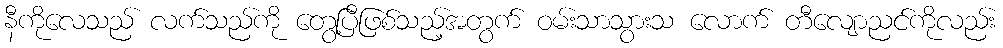
နီကိုလေသည် လက်သည်ကို တွေ့ပြီဖြစ်သည့်အတွက် ဝမ်းသာသွားသ လောက် တီလျောညင်ကိုလည်း